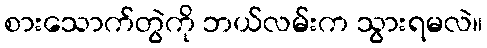
စားသောက်တွဲကို ဘယ်လမ်းက သွားရမလဲ။